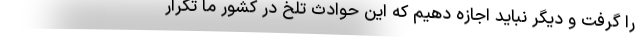
را گرفت و ديگر نبايد اجازه دهيم كه اين حوادث تلخ در كشور ما تكرار